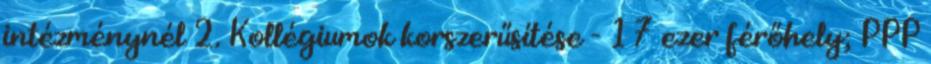
intézménynél 2. Kollégiumok korszerűsítése - 17 ezer férőhely; PPP